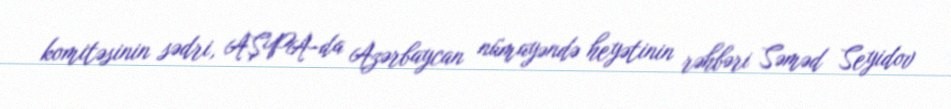
komitəsinin sədri, AŞPA-da Azərbaycan nümayəndə heyətinin rəhbəri Səməd Seyidov